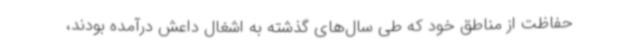
حفاظت از مناطق خود که طی سال‌های گذشته به اشغال داعش درآمده بودند،